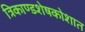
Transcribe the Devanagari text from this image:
त्रिकाण्डशेषकोशात